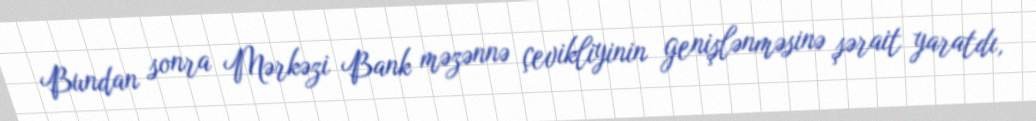
Bundan sonra Mərkəzi Bank məzənnə çevikliyinin genişlənməsinə şərait yaratdı,